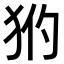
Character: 𤝧